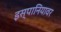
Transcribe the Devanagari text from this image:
इस्पानियावर